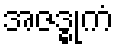
အဇဒ္ဓုကံ